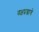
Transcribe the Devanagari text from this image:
यक्षप्रश्नाचें